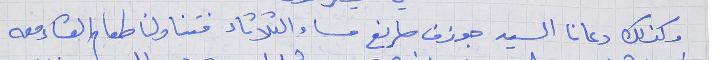
وكذلك دعانا السيد جوزف صايغ مساء الثلاثاء فتناولنا طعام العشاء معه